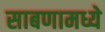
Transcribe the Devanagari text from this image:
साबणामध्ये